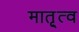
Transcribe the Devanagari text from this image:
मातृ्त्व